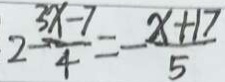
2 - \frac { 3 x - 7 } { 4 } = - \frac { x + 1 7 } { 5 }